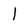
Character: 1